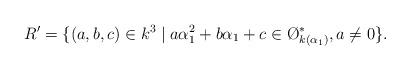
LaTeX: \begin{align*}R'=\{(a,b,c)\in k^3\mid a\alpha_1^2+b\alpha_1+c\in \O_{k(\alpha_1)}^*,a\neq 0\}.\end{align*}